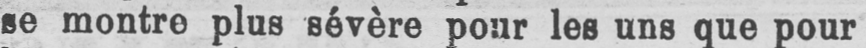
se montre plus sévère pour les uns que pour